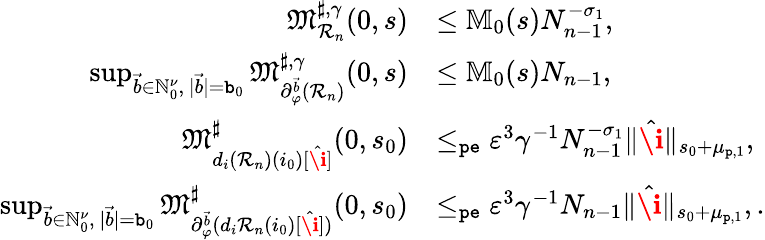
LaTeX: \begin{array}{rl}{\mathfrak{M}_{\mathcal{R}_{n}}^{\sharp,\gamma}(0,s)}&{\le\mathbb{M}_{0}(s)N_{n-1}^{-\sigma_{1}},}\\ {\operatorname*{sup}_{\vec{b}\in\mathbb{N}_{0}^{\nu},\ |\vec{b}|=\mathtt{b}_{0}}\mathfrak{M}_{\partial_{\varphi}^{\vec{b}}(\mathcal{R}_{n})}^{\sharp,\gamma}(0,s)}&{\le\mathbb{M}_{0}(s)N_{n-1},}\\ {\mathfrak{M}_{d_{i}(\mathcal{R}_{n})(i_{0})[\hat{\textbf{\i}}]}^{\sharp}(0,s_{0})}&{\le_{\mathtt{pe}}\varepsilon^{3}\gamma^{-1}N_{n-1}^{-\sigma_{1}}\rVert\hat{\textbf{\i}}\rVert_{s_{0}+\mu_{\mathtt{p},1}},}\\ {\operatorname*{sup}_{\vec{b}\in\mathbb{N}_{0}^{\nu},\ |\vec{b}|=\mathtt{b}_{0}}\mathfrak{M}_{\partial_{\varphi}^{\vec{b}}(d_{i}\mathcal{R}_{n}(i_{0})[\hat{\textbf{\i}}])}^{\sharp}(0,s_{0})}&{\le_{\mathtt{pe}}\varepsilon^{3}\gamma^{-1}N_{n-1}\rVert\hat{\textbf{\i}}\rVert_{s_{0}+\mu_{\mathtt{p},1}},.}\end{array}